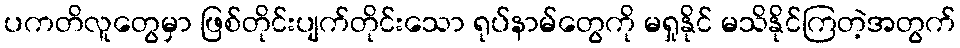
ပကတိလူတွေမှာ ဖြစ်တိုင်းပျက်တိုင်းသော ရုပ်နာမ်တွေကို မရှုနိုင် မသိနိုင်ကြတဲ့အတွက်